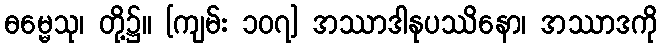
ဓမ္မေသု၊ တို့၌။ [ကျမ်း ၁၀၇] အဿာဒါနုပဿိနော၊ အဿာဒကို